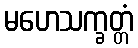
မဟေသက္ခတ္တံ